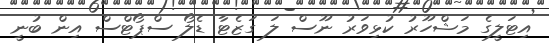
އިޓަލީގެ މަޝްހޫރު ކުޅިވަރު ނޫސް ލަ ގަޒެޓާ ޑެލޯ ސްޕޯޓްސް އިން ބުނީ